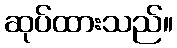
ဆုပ်ထားသည်။